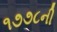
૧૭૭૮ની